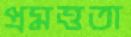
প্রমত্ততা